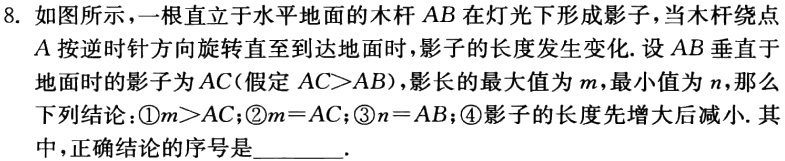
8. 如图所示，一根直立于水平地面的木杆 \(AB\) 在灯光下形成影子，当木杆绕点 \(A\) 按逆时针方向旋转直至到达地面时，影子的长度发生变化. 设 \(AB\) 垂直于地面时的影子为 \(AC\) (假定 \(AC > AB\))，影长的最大值为 \(m\)，最小值为 \(n\)，那么下列结论：\textcircled{1}\(m>AC\)；\textcircled{2}\(m = AC\)；\textcircled{3}\(n = AB\)；\textcircled{4}影子的长度先增大后减小. 其中，正确结论的序号是______.